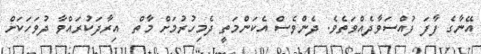
އޭނާގެ ފާފަ ފުއްސަވާދެއްވަތެވެ. ދެންވެސް އެކަންމަތީ ދެމިހުރުމަށް މާތް  އިރާދަކުރައްވާ ދުވަހަކަށް